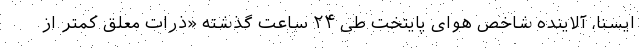
ایسنا، آلاینده شاخص هوای پایتخت طی ۲۴ ساعت گذشته «ذرات معلق کمتر از